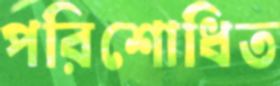
পরিশোধিত